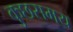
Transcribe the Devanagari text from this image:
कुछसमय